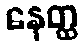
နေတ္ထ